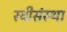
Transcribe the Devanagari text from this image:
स्त्रीसंस्था